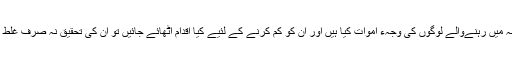
لیکن اگر کوئی محقق گورنمنٹ کے ریکارڈ جمع کرے اور یہ طے کرنے کی کوشش کرے کہ لاڑکانہ میں رہنےوالے لوگوں کی وجہء اموات کیا ہیں اور ان کو کم کرنے کے لئیے کیا اقدام اٹھائے جائیں تو ان کی تحقیق نہ صرف غلط نتائج اخذ کرے گی بلکہ اس کے نتیجے میں وسائل کو بھی درستگی سے استعمال نہیں کیا جاسکے گا۔